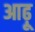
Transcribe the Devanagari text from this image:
आढ़ू